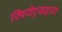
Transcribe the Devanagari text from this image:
स्पिरीट्सद्वारा